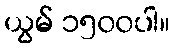
ယွမ် ၁၅၀၀ပါ။